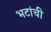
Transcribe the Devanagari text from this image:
भटांची